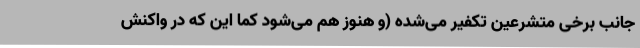
جانب برخی متشرعین تکفیر می‌شده (و هنوز هم می‌شود کما این که در واکنش